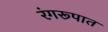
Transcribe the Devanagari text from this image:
रंगरूपात